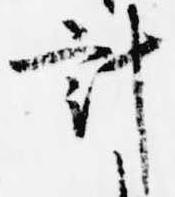
計